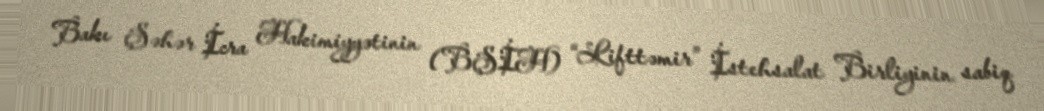
Bakı Şəhər İcra Hakimiyyətinin (BŞİH) “Lifttəmir” İstehsalat Birliyinin sabiq